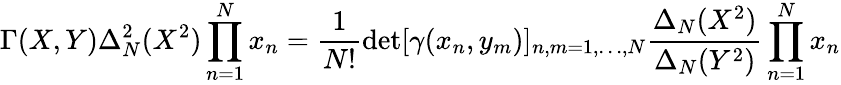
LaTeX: \Gamma(X,Y)\Delta_{N}^{2}(X^{2})\prod_{n=1}^{N}x_{n}=\frac{1}{N!}\operatorname*{det}[\gamma(x_{n},y_{m})]_{n,m=1,\ldots,N}\frac{\Delta_{N}(X^{2})}{\Delta_{N}(Y^{2})}\prod_{n=1}^{N}x_{n}